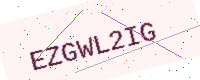
Text: EZGWL2IG